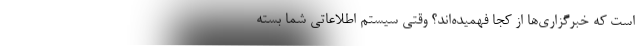
است که خبرگزاری‌ها از کجا فهمیده‌اند؟ وقتی سیستم اطلاعاتی شما بسته